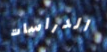
الدراسات